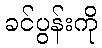
ခင်ပွန်းကို